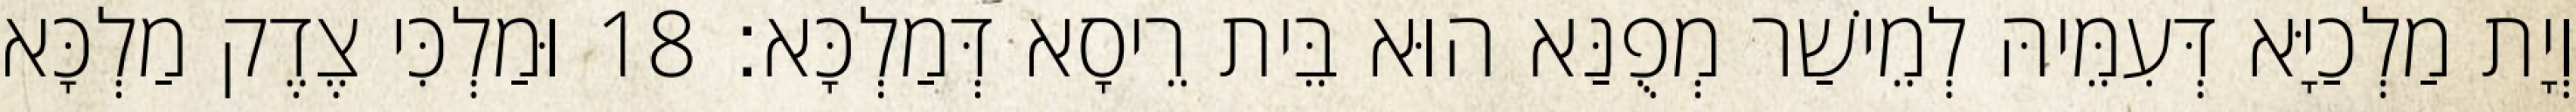
וְיָת מַלְכַיָּא דְּעִמֵּיהּ לְמֵישַׁר מְפֻנַּא הוּא בֵּית רֵיסָא דְּמַלְכָּא׃ 18 וּמַלְכִּי צֶדֶק מַלְכָּא